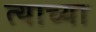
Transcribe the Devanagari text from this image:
त्‍याच्या